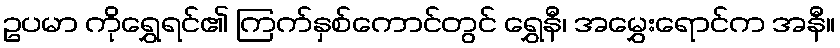
ဥပမာ ကိုရွှေရင်၏ ကြက်နှစ်ကောင်တွင် ရွှေနီ၊ အမွှေးရောင်က အနီ။